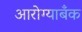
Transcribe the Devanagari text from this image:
आरोग्याबँक